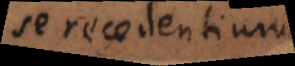
se recedentium